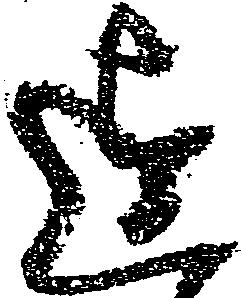
迄